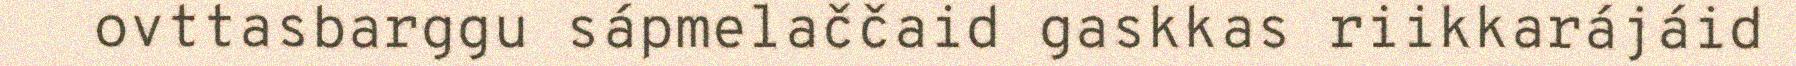
ovttasbarggu sápmelaččaid gaskkas riikkarájáid